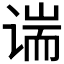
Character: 𫍱